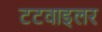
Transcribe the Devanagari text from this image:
टटवाइलर